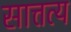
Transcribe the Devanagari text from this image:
सात्तत्य